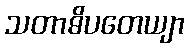
သတာဓိပတေယျာ